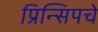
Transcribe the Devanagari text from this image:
प्रिन्सिपचे